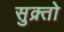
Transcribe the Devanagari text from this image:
सुक्र्तो